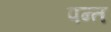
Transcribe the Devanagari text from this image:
पन्‍त